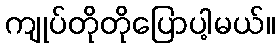
ကျုပ်တိုတိုပြောပါ့မယ်။